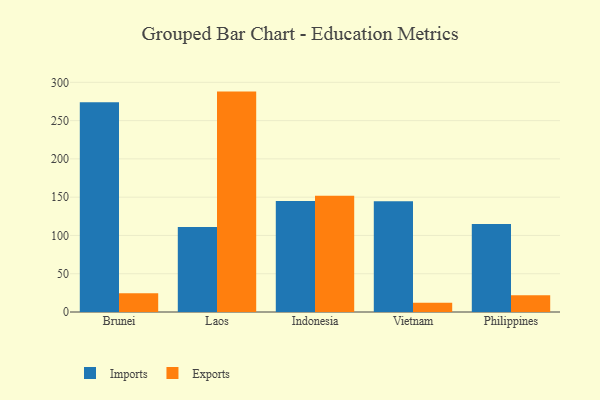
{"axis": {"x": "Country", "y": "Production Output"}, "legend": ["Exports", "Imports"], "data": [{"x": "Brunei", "y": 274.1, "type": "Imports"}, {"x": "Brunei", "y": 24.6, "type": "Exports"}, {"x": "Laos", "y": 111.0, "type": "Imports"}, {"x": "Laos", "y": 287.9, "type": "Exports"}, {"x": "Indonesia", "y": 144.9, "type": "Imports"}, {"x": "Indonesia", "y": 152.0, "type": "Exports"}, {"x": "Vietnam", "y": 144.7, "type": "Imports"}, {"x": "Vietnam", "y": 12.2, "type": "Exports"}, {"x": "Philippines", "y": 115.0, "type": "Imports"}, {"x": "Philippines", "y": 21.9, "type": "Exports"}]}